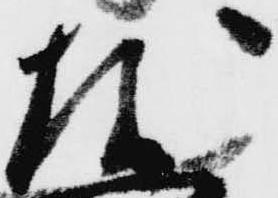
越